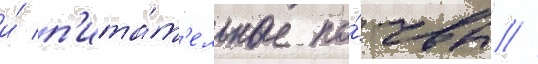
и́ п'ита́т'ельные по́чвы //